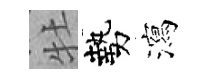
牡勢瀉